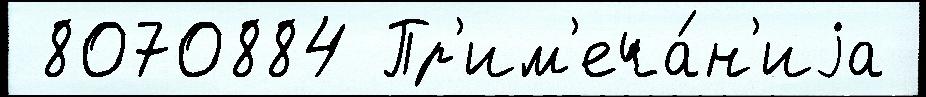
 8070884 Пр'им'еча́н'иjа